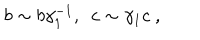
LaTeX: b \sim b \gamma _ { 1 } ^ { - 1 } , ~ ~ c \sim \gamma _ { 1 } c \ ,